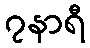
၇နာရီ